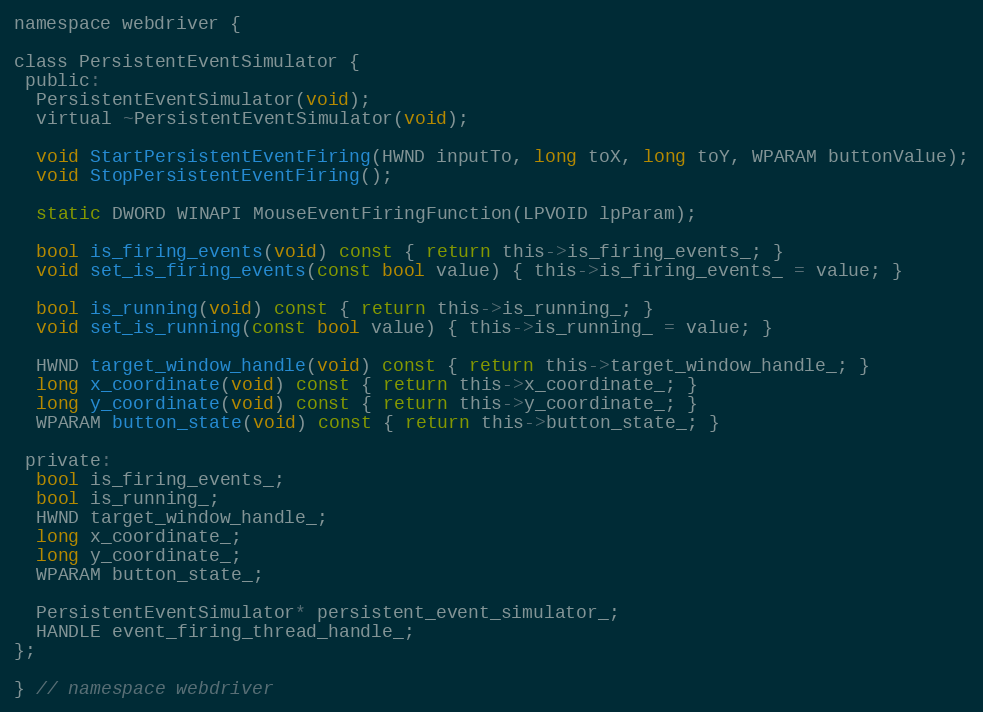
Language: C
namespace webdriver {

class PersistentEventSimulator {
 public:
  PersistentEventSimulator(void);
  virtual ~PersistentEventSimulator(void);

  void StartPersistentEventFiring(HWND inputTo, long toX, long toY, WPARAM buttonValue);
  void StopPersistentEventFiring();

  static DWORD WINAPI MouseEventFiringFunction(LPVOID lpParam);

  bool is_firing_events(void) const { return this->is_firing_events_; }
  void set_is_firing_events(const bool value) { this->is_firing_events_ = value; }

  bool is_running(void) const { return this->is_running_; }
  void set_is_running(const bool value) { this->is_running_ = value; }

  HWND target_window_handle(void) const { return this->target_window_handle_; }
  long x_coordinate(void) const { return this->x_coordinate_; }
  long y_coordinate(void) const { return this->y_coordinate_; }
  WPARAM button_state(void) const { return this->button_state_; }

 private:
  bool is_firing_events_;
  bool is_running_;
  HWND target_window_handle_;
  long x_coordinate_;
  long y_coordinate_;
  WPARAM button_state_;

  PersistentEventSimulator* persistent_event_simulator_;
  HANDLE event_firing_thread_handle_;
};

} // namespace webdriver